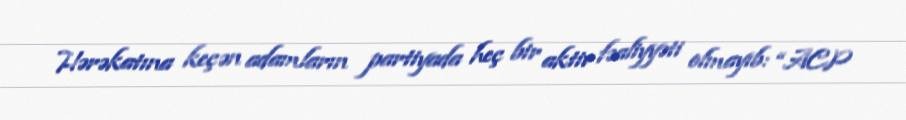
Hərəkatına keçən adamların partiyada heç bir aktiv fəaliyyəti olmayıb: “ACP